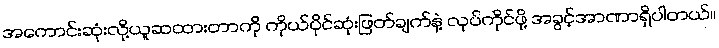
အကောင်းဆုံးလို့ယူဆထားတာကို ကိုယ်ပိုင်ဆုံးဖြတ်ချက်နဲ့ လုပ်ကိုင်ဖို့ အခွင့်အာဏာရှိပါတယ်။